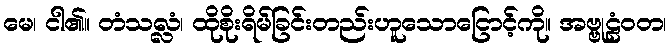
မေ၊ ငါ၏။ တံသလ္လံ၊ ထိုစိုးရိမ်ခြင်းတည်းဟူသောငြောင့်ကို။ အဗ္ဗုဠံဝတ၊